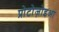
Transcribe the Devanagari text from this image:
प्रोटोज़ोइआ